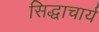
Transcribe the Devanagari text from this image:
सिद्धाचार्य